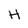
Character: H